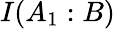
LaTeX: I(A_{1}:B)